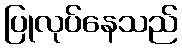
ပြုလုပ်နေသည်